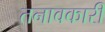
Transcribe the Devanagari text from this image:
तनावकारी